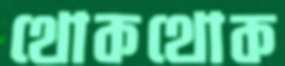
থোকথোক